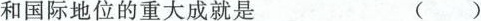
和国际地位的重大成就是 ( )